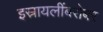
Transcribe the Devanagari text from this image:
इस्रायलींबरोबर